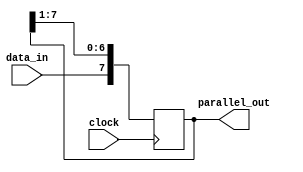
module SIPO_shift_register (
    input clock,
    input data_in,
    output reg [7:0] parallel_out
);

reg [7:0] data;

always @(posedge clock) begin
    data <= {data_in, data[7:1]};
end

assign parallel_out = data;

endmodule